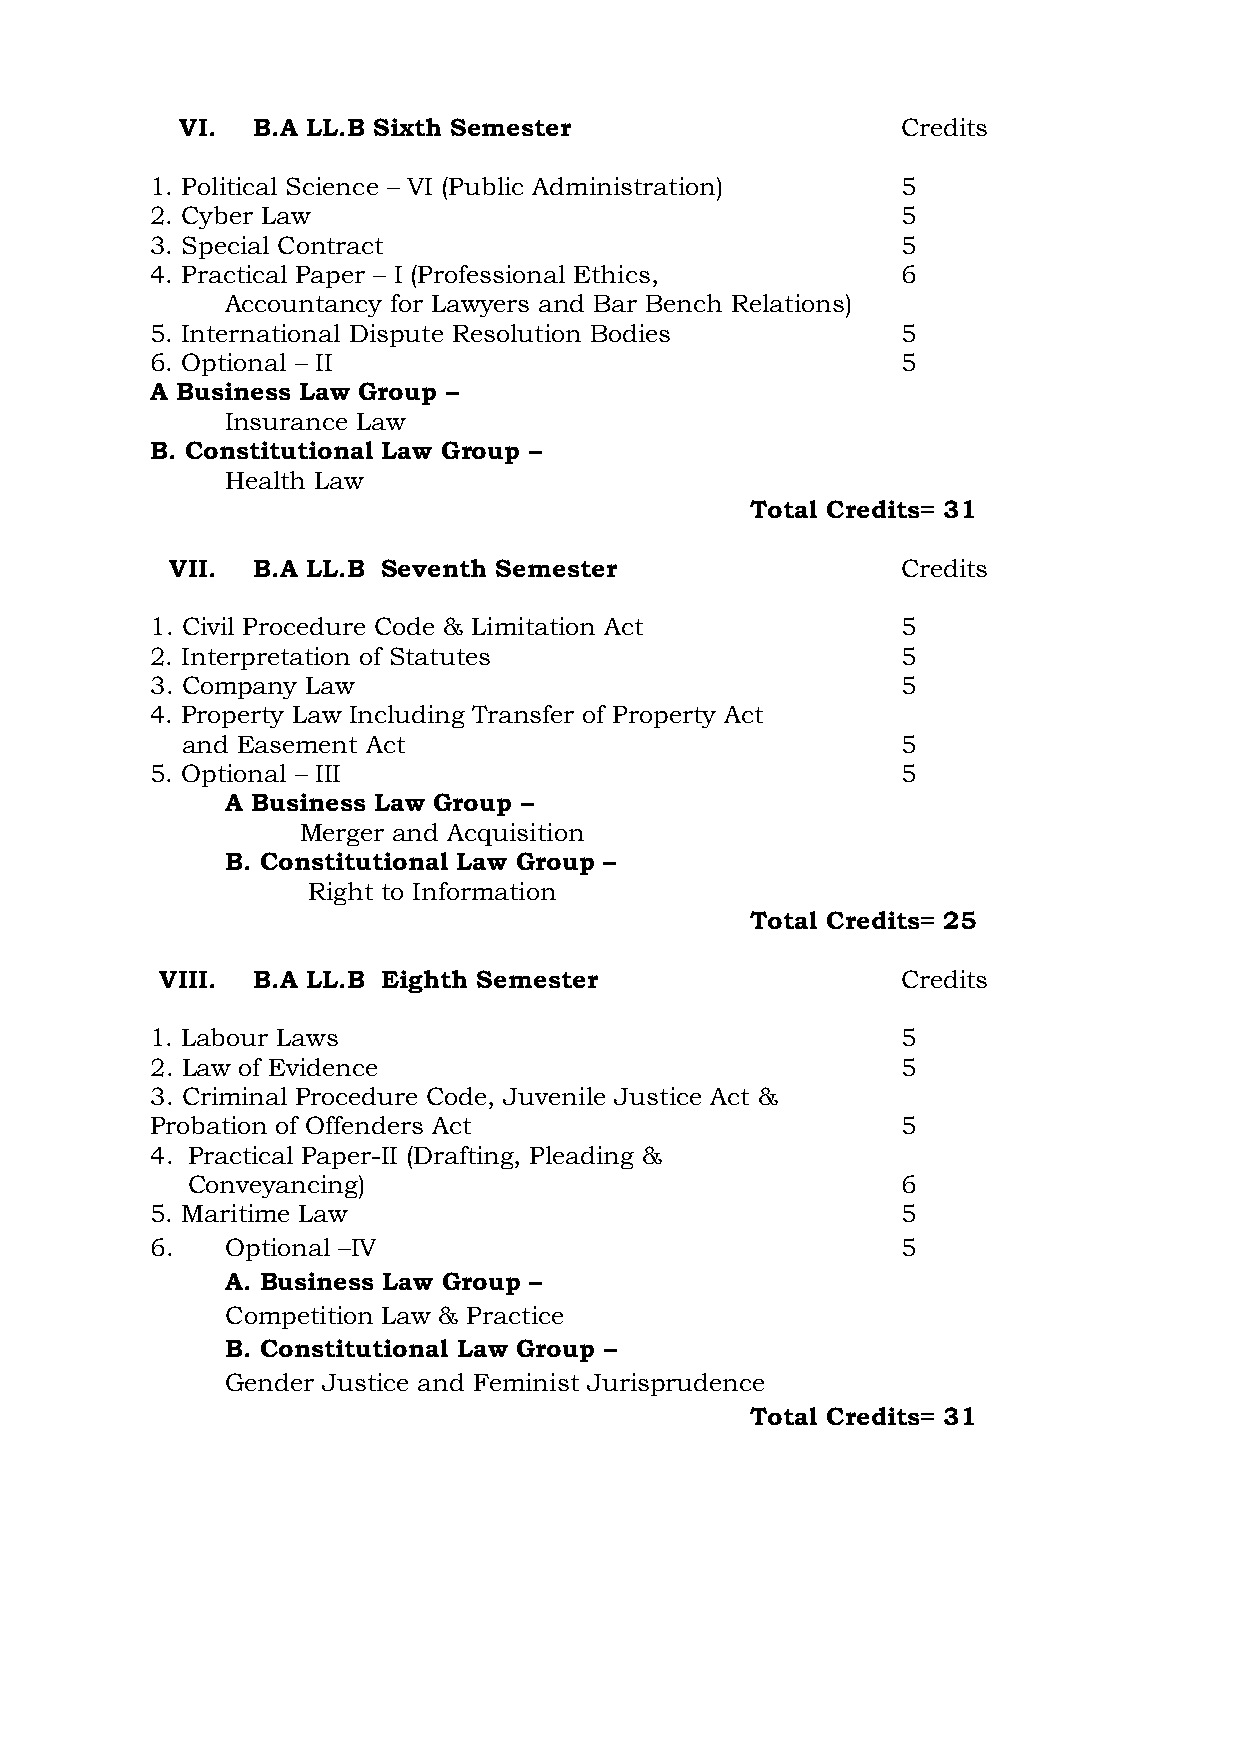
VI.  B.A LL.B Sixth Semester                    Credits
 1. Political Science – VI (Public Administration) 5
 2. Cyber Law                                      5
 3. Special Contract                               5
 4. Practical Paper – I (Professional Ethics,      6
 Accountancy for Lawyers and Bar Bench Relations)
 5. International Dispute Resolution Bodies        5
 6. Optional – II                                  5
 A Business Law Group –
 Insurance Law
 B. Constitutional Law Group –
 Health Law
 Total Credits= 31
 VII.  B.A LL.B Seventh Semester                  Credits
 1. Civil Procedure Code & Limitation Act          5
 2. Interpretation of Statutes                     5
 3. Company Law                                    5
 4. Property Law Including Transfer of Property Act
 and Easement Act                                5
 5. Optional – III                                 5
 A Business Law Group –
 Merger and Acquisition
 B. Constitutional Law Group –
 Right to Information
 Total Credits= 25
 VIII. B.A LL.B Eighth Semester                   Credits
 1. Labour Laws                                    5
 2. Law of Evidence                                5
 3. Criminal Procedure Code, Juvenile Justice Act &
 Probation of Offenders Act                        5
 4. Practical Paper-II (Drafting, Pleading &
 Conveyancing)                                   6
 5. Maritime Law                                   5
 6.   Optional –IV                                 5
 A. Business Law Group –
 Competition Law & Practice
 B. Constitutional Law Group –
 Gender Justice and Feminist Jurisprudence
 Total Credits= 31